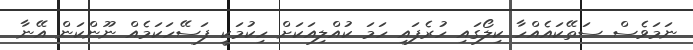
ނަމަވެސް ސަތޭކައެއްހާ ކިލޯގައި ހުރެފައި ހަމަ ކުއްލިއަކަށް ހިކުމަކީ ފަސޭހަކަމެއް ނޫންކަން އޭނާ